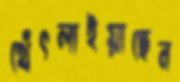
থেঁৎলাইয়াছেন